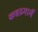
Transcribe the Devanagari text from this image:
कन्नडमार्गे